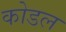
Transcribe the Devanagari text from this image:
कोडल